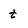
Character: t